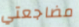
مضاجعتي